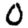
Digit: 0